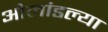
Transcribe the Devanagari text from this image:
ओलांडल्या